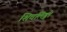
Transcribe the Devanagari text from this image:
शिवलिङ्गो